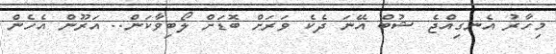
މިހާރު އެނގިއްޖެ ޝުބް އޭނަ ދެކެ ވަރަށް ބޮޑަށް ލޯބިވާކަން.. އަރޫން އެހެން